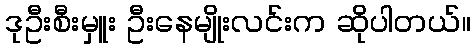
ဒုဦးစီးမှူး ဦးနေမျိုးလင်းက ဆိုပါတယ်။